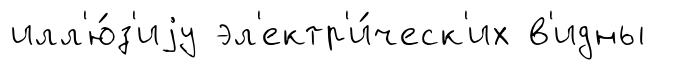
илл'ю́з'иjу эл'ектр'и́ческ'их в'идны